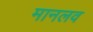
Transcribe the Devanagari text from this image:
मानलव